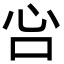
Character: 吢